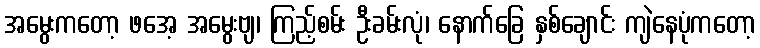
အမွေးကတော့ ဖအေ့ အမွေးဗျ၊ ကြည့်စမ်း ဦးခမ်းလုံ၊ နောက်ခြေ နှစ်ချောင်း ကျဲနေပုံကတော့